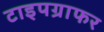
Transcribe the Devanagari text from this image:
टाइपग्राफर